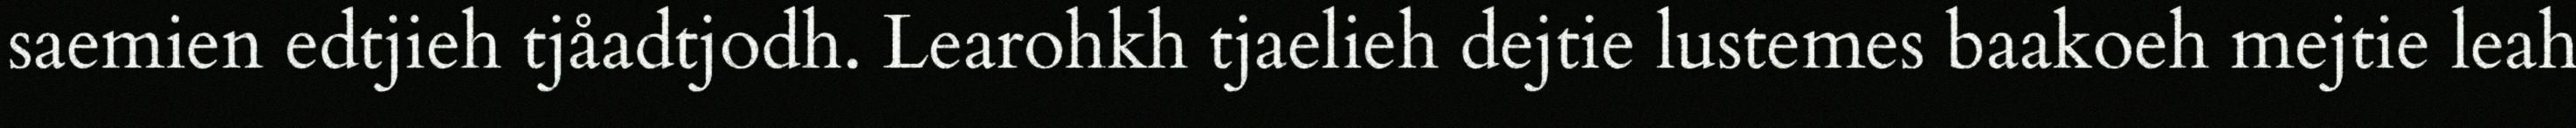
saemien edtjieh tjåadtjodh. Learohkh tjaelieh dejtie lustemes baakoeh mejtie leah